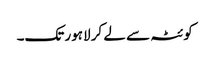
کوئٹہ سے لے کر لاہور تک۔